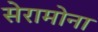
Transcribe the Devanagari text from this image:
सेरामोना